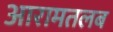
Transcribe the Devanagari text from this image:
आरामतलब